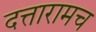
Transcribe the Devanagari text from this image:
दत्तारामच